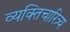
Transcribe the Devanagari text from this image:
व्यक्तिचारित्र्य